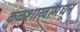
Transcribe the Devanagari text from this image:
कुळशाखांमधून